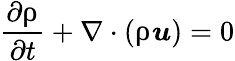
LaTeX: \frac{\partial\uprho}{\partial t}+\nabla\cdot(\uprho\boldsymbol{u})=0